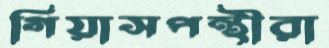
গিয়াসপন্থীরা